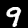
Digit: 9